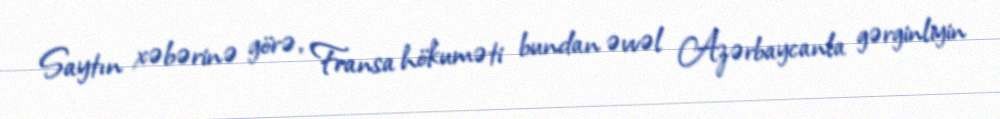
Saytın xəbərinə görə, Fransa hökuməti bundan əvvəl Azərbaycanla gərginliyin